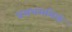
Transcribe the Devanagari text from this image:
प्रसभमभिकं